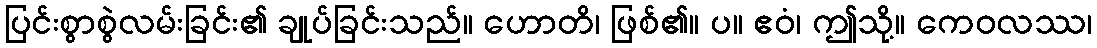
ပြင်းစွာစွဲလမ်းခြင်း၏ ချုပ်ခြင်းသည်။ ဟောတိ၊ ဖြစ်၏။ ပ။ ဧဝံ၊ ဤသို့။ ကေဝလဿ၊